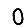
Digit: 0